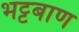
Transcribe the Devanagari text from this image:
भट्टबाण